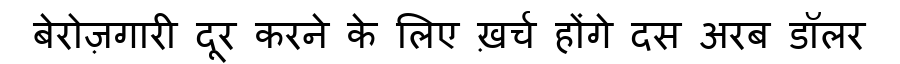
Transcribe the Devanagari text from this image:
बेरोज़गारी दूर करने के लिए ख़र्च होंगे दस अरब डॉलर